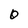
Character: O